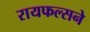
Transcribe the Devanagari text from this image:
रायफल्सने